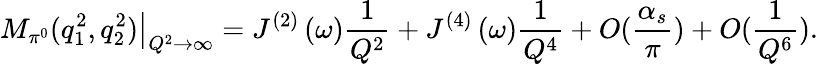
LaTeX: \left.M_{\pi^{0}}(q_{1}^{2},q_{2}^{2})\right\vert_{Q^{2}\rightarrow\infty}=J^{(2)}\left(\omega\right)\frac{1}{Q^{2}}+J^{(4)}\left(\omega\right)\frac{1}{Q^{4}}+O(\frac{\alpha_{s}}{\pi})+O(\frac{1}{Q^{6}}).